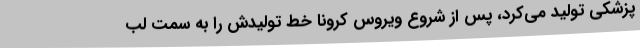
پزشکی تولید می‌کرد، پس از شروع ویروس کرونا خط تولیدش را به سمت لب